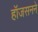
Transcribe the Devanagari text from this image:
हॉजसनने